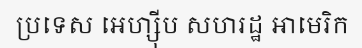
ប្រទេស អេហ្ស៊ីប សហរដ្ឋ អាមេរិក